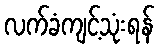
လက်ခံကျင့်သုံးရန်